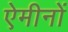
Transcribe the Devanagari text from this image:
ऐमीनों